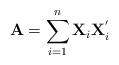
LaTeX: \begin{align*}{\bf A}=\sum_{i=1}^{n} {\bf X}_{i}{\bf X}^{'}_{i}\end{align*}